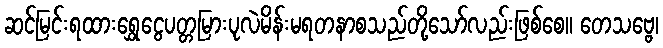
ဆင်မြင်းရထားရွှေငွေပတ္တမြားပုလဲမိန်းမရတနာစသည်တို့သော်လည်းဖြစ်စေ။ တေသဗ္ဗေ၊